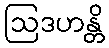
ဩဒဟန္တိ